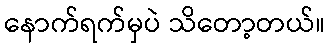
နောက်ရက်မှပဲ သိတော့တယ်။